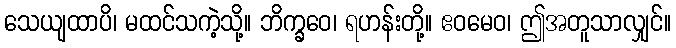
သေယျထာပိ၊ မထင်သကဲ့သို့။ ဘိက္ခဝေ၊ ရဟန်းတို့။ ဧဝမေဝ၊ ဤအတူသာလျှင်။